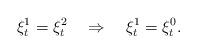
LaTeX: \begin{align*}\xi^1_t=\xi^2_t \quad\Rightarrow\quad\xi^1_t=\xi^0_t.\end{align*}